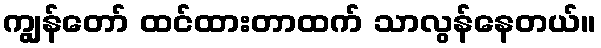
ကျွန်တော် ထင်ထားတာထက် သာလွန်နေတယ်။